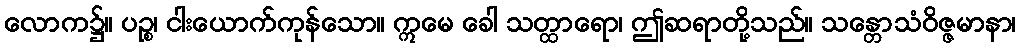
လောက၌။ ပဉ္စ၊ ငါးယောက်ကုန်သော။ ဣမေ ခေါ သတ္ထာရော၊ ဤဆရာတို့သည်။ သန္တောသံဝိဇ္ဇမာနာ၊